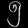
Digit: ၅